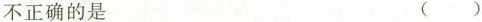
不正确的是 ()